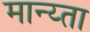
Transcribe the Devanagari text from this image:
मान्य्ता